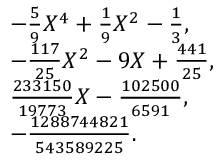
{ \begin{array} { r l } & { - { \frac { 5 } { 9 } } X ^ { 4 } + { \frac { 1 } { 9 } } X ^ { 2 } - { \frac { 1 } { 3 } } , } \\ & { - { \frac { 1 1 7 } { 2 5 } } X ^ { 2 } - 9 X + { \frac { 4 4 1 } { 2 5 } } , } \\ & { { \frac { 2 3 3 1 5 0 } { 1 9 7 7 3 } } X - { \frac { 1 0 2 5 0 0 } { 6 5 9 1 } } , } \\ & { - { \frac { 1 2 8 8 7 4 4 8 2 1 } { 5 4 3 5 8 9 2 2 5 } } . } \end{array} }